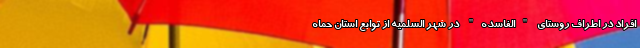
افراد در اطراف روستای "الفاسده" در شهر السلمیه از توابع استان حماه